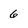
Character: 6